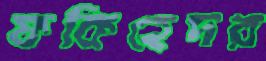
ফকিহেদর